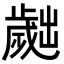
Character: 𣦧